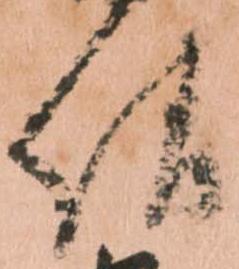
請